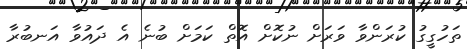
ތަހުގީގު ކުރަންވާ ވަރަށް ނުކޮށް އޮތް ކަމަށް ބުނެ އެ ދައުވާ އަނބުރާ